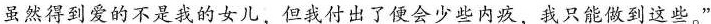
虽然得到爱的不是我的女儿，但我付出了便会少些内疚，我只能做到这些。”